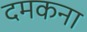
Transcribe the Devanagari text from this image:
दमकना